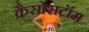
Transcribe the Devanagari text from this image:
क्रैसोसटॉम